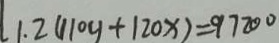
1 . 2 ( 1 1 0 y + 1 2 0 x ) = 9 7 2 0 0